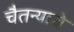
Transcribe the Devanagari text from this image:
चैतन्याचे